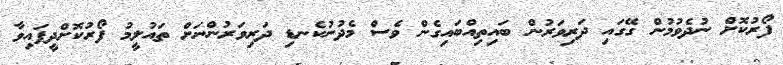
ފޯރުކޮށް ނުދެވުމުން ގޭގައި ދަރިވަރުން ބައިތިއްބައިގެން ވެސް މެދުނުކެނޑި ދަރިވަރުންނަށް ތައުލީމު ފޯރުކޮށްދީފައިވާ